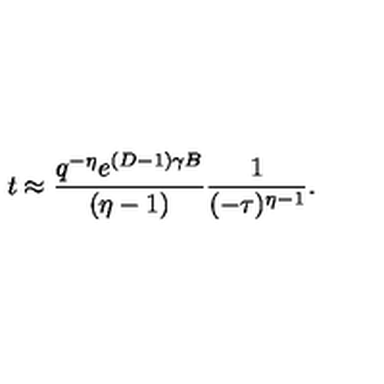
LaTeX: t \approx \frac { q ^ { - \eta } e ^ { ( D - 1 ) \gamma B } } { ( \eta - 1 ) } \frac { 1 } { ( - \tau ) ^ { \eta - 1 } } .